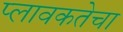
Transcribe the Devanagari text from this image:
प्लावकतेचा